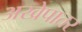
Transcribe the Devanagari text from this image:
अखेपातर